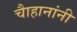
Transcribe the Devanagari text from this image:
चाैहानांनी